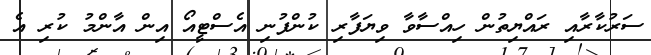
ސަރުކާރާއި ރައްޔިތުން ހިއްސާވާ ވިޔަފާރި ކުންފުނި އެސްޓީއޯ އިން އާންމު ކުރި އެ